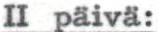
II päivä: